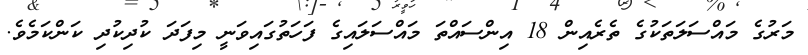
މަރުގެ މައްސަލަތަކުގެ ތެރެއިން 18 އިންސައްތަ މައްސަލައިގެ ފަހަތުގައިވަނީ މިފަދަ ކުދިކުދި ކަންކަމެވެ.